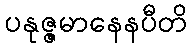
ပနုဇ္ဇမာနေနပီတိ